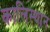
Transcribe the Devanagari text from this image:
कालिस्थान